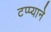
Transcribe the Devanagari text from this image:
टप्प्याने